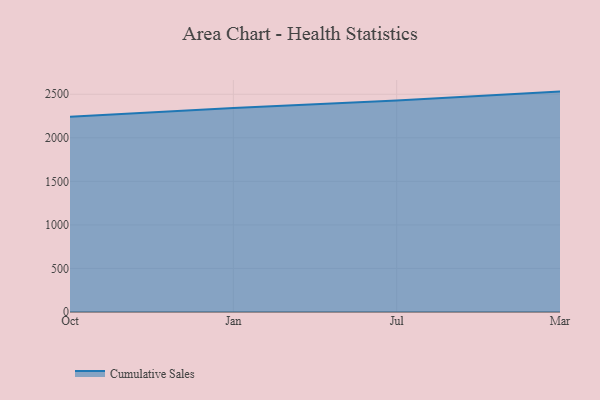
{"axis": {"x": "Month", "y": "Production Output"}, "legend": ["Cumulative Sales"], "data": [{"x": "Oct", "y": 2242.9, "type": "Cumulative Sales"}, {"x": "Jan", "y": 2340.8, "type": "Cumulative Sales"}, {"x": "Jul", "y": 2428.5, "type": "Cumulative Sales"}, {"x": "Mar", "y": 2530.5, "type": "Cumulative Sales"}]}